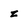
Character: z